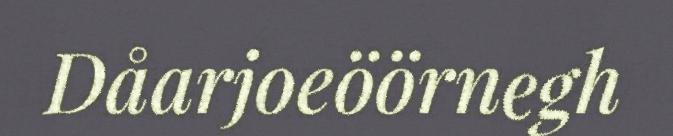
Dåarjoeöörnegh